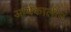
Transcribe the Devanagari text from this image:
आर्यकालीन